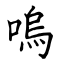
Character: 嗚